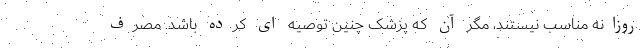
روزانه مناسب نیستند، مگر آن که پزشک چنین توصیه ای کرده باشد. مصرف